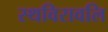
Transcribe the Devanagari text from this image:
स्थविरावलि